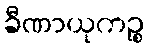
ခီဏာယုကဉ္စ